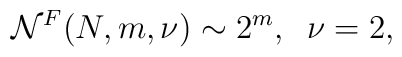
{\cal N}^F(N,m,\nu) \sim 2^m,\;\; \nu=2,